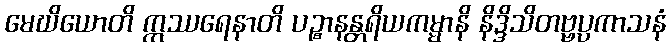
မေဃိယောတိ ဣဿရေနာတိ ပဉ္စာနန္တရိယကမ္မာနိ နိဒ္ဒိသိတဗ္ဗပ္ပကာသနံ